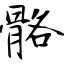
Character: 骼